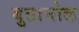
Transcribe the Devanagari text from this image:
बुतानोल